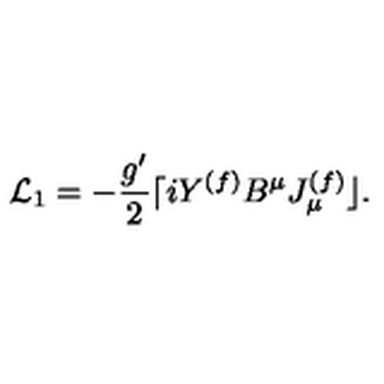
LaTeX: { \cal L } _ { 1 } = - \frac { g ^ { \prime } } { 2 } \lceil i Y ^ { ( f ) } B ^ { \mu } J _ { \mu } ^ { ( f ) } \rfloor .